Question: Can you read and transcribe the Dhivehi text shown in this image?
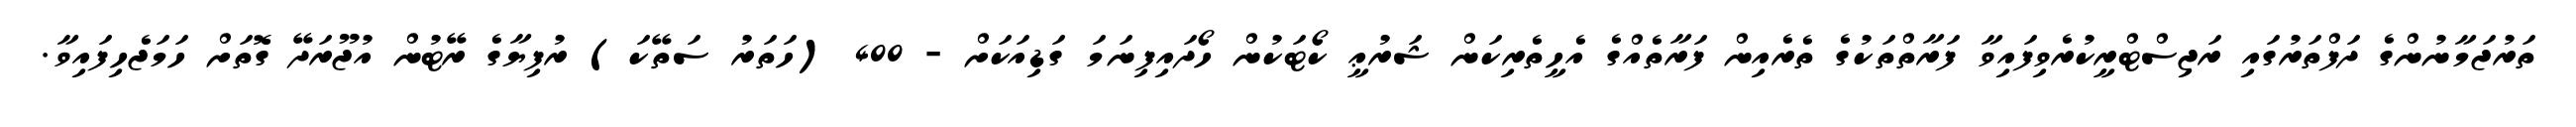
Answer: ތަރުޖަމާނުންގެ ދަފްތަރުގައި ރަޖިސްޓްރީކުރެވިފައިވާ ފަރާތްތަކުގެ ތެރެއިން ފަރާތެއްގެ އެހީތެރިކަން ޝަރުޢީ ކޯޓަކުން ހޯދައިފިނަމަ ގަޑިއަކަށް - 400 (ހަތަރު ސަތޭކަ) ރުފިޔާގެ ރޭޓުން އުޖޫރަދޭ ގޮތަށް ހަމަޖެހިފައިވާ.